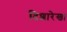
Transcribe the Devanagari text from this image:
दिशारेखा